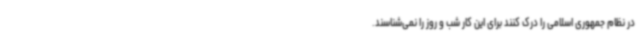
در نظام جمهوری اسلامی را درک کنند برای این کار شب و روز را نمی‌شناسند.